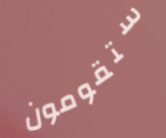
ستقومون